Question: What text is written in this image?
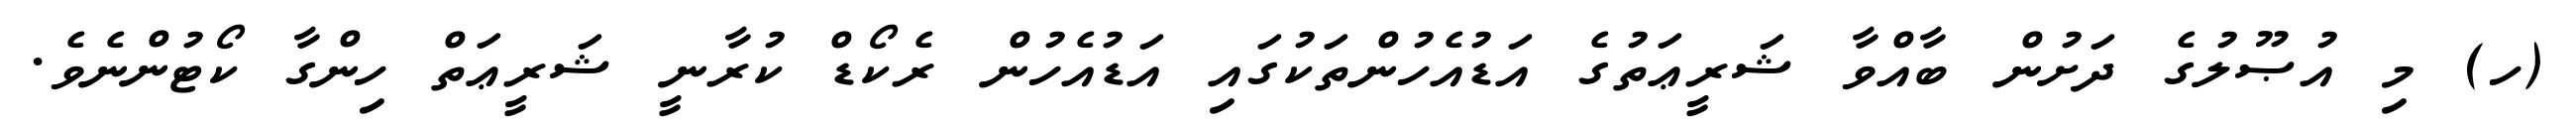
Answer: (ހ) މި އުޞޫލުގެ ދަށުން ބާއްވާ ޝަރީޢަތުގެ އަޑުއެހުންތަކުގައި އަޑުއެހުން ރެކޯޑް ކުރާނީ ޝަރީޢަތް ހިންގާ ކޯޓުންނެވެ.